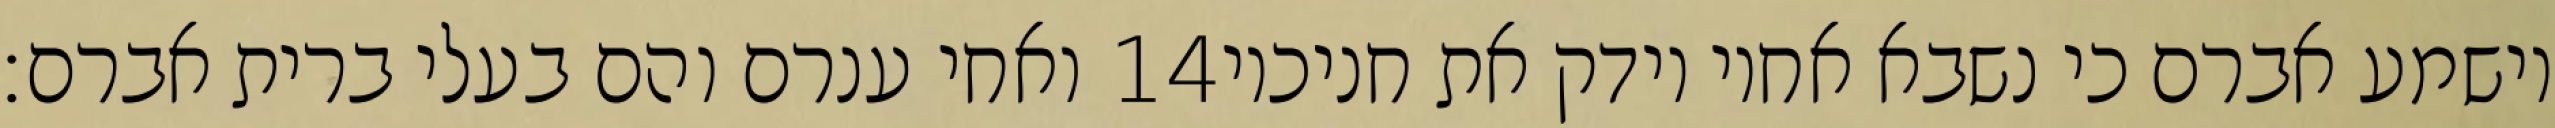
ואחי ענרם והם בעלי ברית אברם׃ ‎14‏ וישמע אברם כי נשבא אחיו וידק את חניכיו